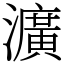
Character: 瀇